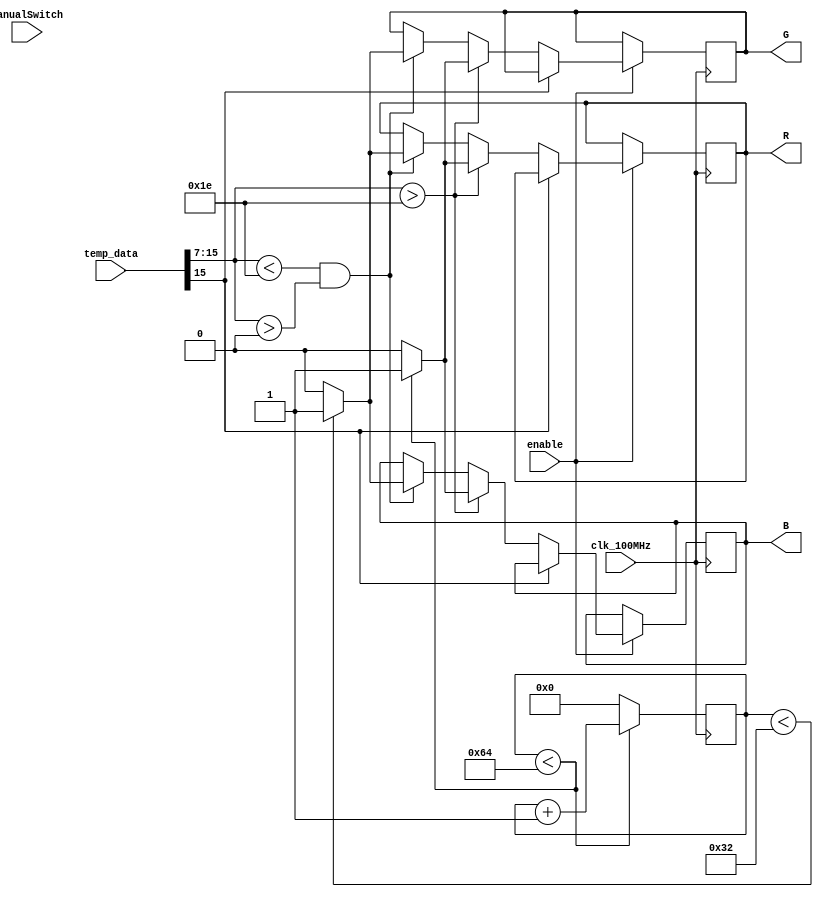
`timescale 1ns / 1ps
//////////////////////////////////////////////////////////////////////////////////
// Company: 
// Engineer: 
// 
// Design Name: 
// Module Name: RGB
// Project Name: 
// Target Devices: 
// Tool Versions: 
// Description: 
// 
// Dependencies: 
// 
// Revision:
// Revision 0.01 - File Created
// Additional Comments:
// 
//////////////////////////////////////////////////////////////////////////////////


module RGB(
    input clk_100MHz,
    input enable,
    input [15:0]manualSwitch,
    input [15:0] temp_data,
    output reg R,
    output reg G,
    output reg B);
    
    reg [7:0]counter=0;
    reg [15:0] temp_register;
    
    //logic for counter with the help of which we will generate intensities
    always@(posedge clk_100MHz)
    begin
        if (counter < 100)
            counter <=  counter + 1;
        else 
            counter <= 0;
    end
    
    always@(posedge clk_100MHz)
    begin
    if(enable)
    begin
            temp_register[15:0] = temp_data[15:0];
            if(temp_register[15] == 0)
            begin
                if(temp_register[15:7] > 30)    // IF THE TEMPRETURE IS GREATER THAN 30 CELCIUS THEN THE TRI COLOR LED GLOW WITH 80% DUTY CYCLE
                begin
                    R = (counter <100)? 1:0;
                    G = (counter <100)? 1:0;
                    B = (counter <100)? 1:0;
                end
                
                else if(temp_register[15:7] < 30 && temp_register[15:7] > 0)    // IF THE TEMPRETURE IS LESS THAN 30 CELCIUS AND GREATER THAN 0 CELCIUS THEN THE TRI COLOR LED GLOW WITH 50% DUTY CYCLE
                begin
                    R = (counter <50)? 1:0;
                    G = (counter <50)? 1:0;
                    B = (counter <50)? 1:0;
                end
           
            else if(temp_register[15] == 1)
            begin
               if((temp_register[15:7] - 512) < 0) // IF THE TEMPRETURE IS LESS THAN 0 CELCIUS  THEN THE TRI COLOR LED GLOW WITH 25% DUTY CYCLE
               begin
                    R = (counter <25)? 1:0;
                    G = (counter <25)? 1:0;
                    B = (counter <25)? 1:0;
               end
            end
            end
    else if(enable == 0)
    begin
            temp_register[15:0] = manualSwitch[15:0];
            if(temp_register[15] == 0)
            begin
                if(temp_register[15:7] > 30)    // IF THE TEMPRETURE IS GREATER THAN 30 CELCIUS THEN THE TRI COLOR LED GLOW WITH 80% DUTY CYCLE
                begin
                    R = (counter <100)? 1:0;
                    G = (counter <100)? 1:0;
                    B = (counter <100)? 1:0;
                end
                
                else if(temp_register[15:7] < 30 && temp_register[15:7] > 0)    // IF THE TEMPRETURE IS LESS THAN 30 CELCIUS AND GREATER THAN 0 CELCIUS THEN THE TRI COLOR LED GLOW WITH 50% DUTY CYCLE
                begin
                    R = (counter <50)? 1:0;
                    G = (counter <50)? 1:0;
                    B = (counter <50)? 1:0;
                end
            else if(temp_register[15] == 1)
            begin
               if((temp_register[15:7] - 512) < 0) // IF THE TEMPRETURE IS LESS THAN 0 CELCIUS  THEN THE TRI COLOR LED GLOW WITH 25% DUTY CYCLE
               begin
                    R = (counter <25)? 1:0;
                    G = (counter <25)? 1:0;
                    B = (counter <25)? 1:0;
               end
            end
            end
        end
        end
    end
    
    
    
    
endmodule